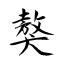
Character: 獒